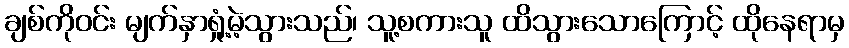
ချစ်ကိုဝင်း မျက်နှာရှုံ့မဲ့သွားသည်၊ သူ့စကားသူ ထိသွားသောကြောင့် ထိုနေရာမှ